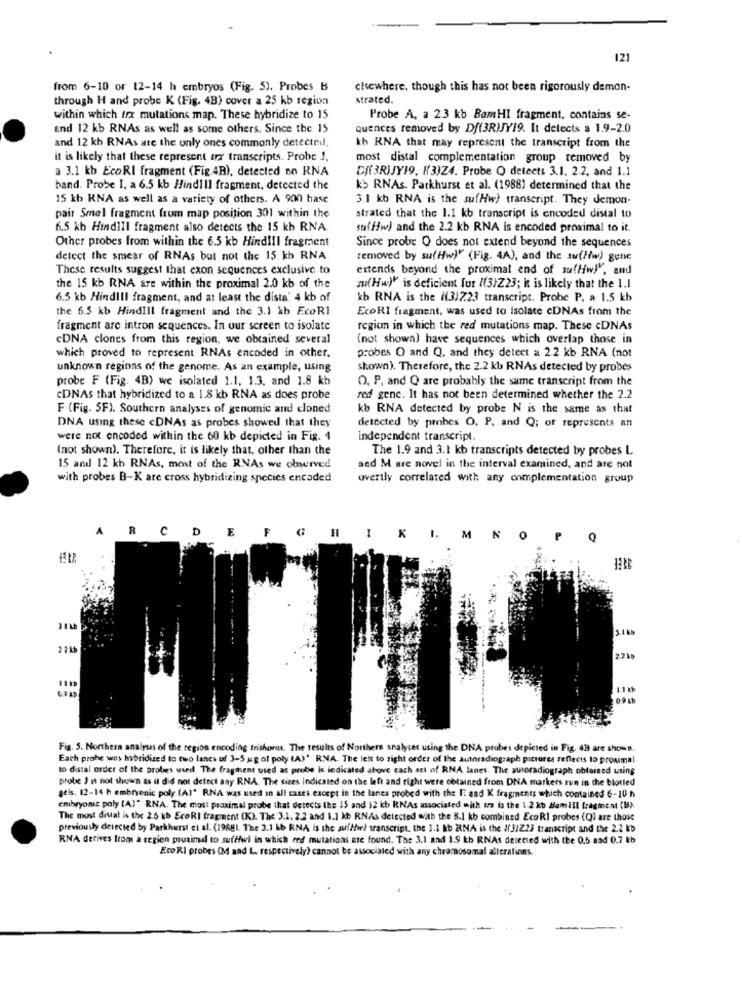
121
from 6-10 or 12-14 h embryos (Fig. 5). Probes B
elsewhere, though this has not been rigorously demon-
through H and probe K (Fig. 48) cover a 25 kb region
strated.
within which fox mutations map. These hybridize to 15
Probe A, a 23 kb BamHI fragment, contains se-
End 12 kb RNAs as well as some others. Since the 15
quences removed by Df(3R)JY19. It detects a 1.9-2.0
and 12 kb RNAs are the only ones commonly detected,
th RNA that may represent the transcript from the
it is likely that these represent trx transcripts. Probe J,
most distal complementation group removed by
a 3.1 kb EcoRI fragment (Fig.4B), detected no RNA
Cf(3RIJY19. I(3)Z4. Probe O detects 3.1. 2.2, and 1.1
band. Probe 1, a 6.5 kb HindiIl fragment, detected the
kb RNAs. Parkhurst et al. (1988] determined that the
15 kb KNA as well as a variety of others. A 900 hase
3.1 kb RNA is the sufHw) transcript. They demon-
pair Smal fragment from map position 301 within the
strated that the 1.1 kb transcript is encoded distal to
6.5 kb Hindill fragment also detects the 15 kb RNA
suffw) and the 2.2 kb RNA is encoded proximal to it.
Other probes from within the 6.5 kb Hindiil fragment
Since probe O does not extend beyond the sequences
detect the smear of RNAs but not the 15 kh RNA
removed by su(Hw) (Fig. 4A), and the su(w) gene
These results suggest that exon sequences exclusive to
extends beyond the proximal end of suffiw!", and
the 15 kb RNA are within the proximal 2.0 kb of the
su(Hw)" is deficient for ((3)Z23; it is likely that the 1.1
6.5 kb HindiIl fragment, and at least the dista' 4 kb of
kb RNA is the ((317.23 transcript. Probe P, a 1.5 kb
the 6.5 kb HindIll fragment and the 3.1 kb EcoRI
EcoRI fragment, was used to isolate cDNAs from the
fragment are intron sequences. In our screen to isolate
region in which the red mutations map. These cDNAs
CDNA clones from this region, we obtained several
(not shown) have sequences which overlap those in
which proved to represent RNAs encoded in other.
probes O and Q. and they detect = 2.2 kb RNA (not
unknown regions of the genome. As an example, using
shown). Therefore, the 2.2 kb RNAs detected by probes
probe F (Fig. 4B) we isolated 1.1. 1.3. and 1.8 kh
O. P, and Q are probably the same transcript from the
CDNAs that hybridized to a 1.8 kb RNA as does probe
red gene. It has not been determined whether the 2.2
F (Fig. SF). Southern analyses of genomic and cloned
kb RNA detected by probe N is the same as that
DNA using these cDNAs as probes showed that they
detected by probes O. P, and Q; of represents an
were not encoded within the 60 kb depicted in Fig. 4
independent transcript.
(not shown). Therefore, it is likely that, other than the
The 1.9 and 3.1 kb transcripts detected by probes L
15 and 12 kb RNAs, most of the RNAs we observed
and M are novel in the interval examined, and are not
with probes B-K are cross hybridizing species encoded
overtly correlated with any complementation group
CD
E
I K I. M N O P Q
3.1 KM
2 2 kb
1.1 kb
0.9 kb
Fig. 5. Northern analyses of the region encoding trishorat. The results of Northern analyser using the DNA probes depicted in Fig. 43 are shown.
Each prohe was hybridized to two lanes uf 3-5 gg of poly (A)' RNA. The left to right order of the autoradiograph pictures reflects to proximal
to distal order of the probes used The fragment used as probe is indicated above cach set of RNA lanes. The autoradiograph obtained using
probe J is not shown as it did not detect any RNA. The sizes indicated on the left and right were obtained from DNA markers run in the blotled
gels. 12-14 h embryonic poly (A)" RNA was used in all cases except in the lanes probed with the It and K fragments which contained 6-10 h
embryonic poly (A)" RNA. The most proximal probe that detects the 15 and 12 kb RNAs associated with tra is the 1.2 kb Bamiil fragment (B).
The most dittat is the 2.6 kb EcoRI fragment (K). The 3.1. 2.2 and 1.1 kb RNAs detected with the B.1 kb combined EcoRI probes (Q) are those
previously detected by Parkhurst et al. (1988). The 3.1 kb RNA is the suffir) transcript, the 1.1 kb RNA is the 1(31223 transcript and the 2.2 kb
RNA derives from a region pruaimal to suffwi in which red mutations are found. The 3.1 and 1.9 kb RNAs detected with the 0.5 asd 0.7 kb
Eco RI probes (M and L. respectively) cannot be associated with any chromosomal alterations.